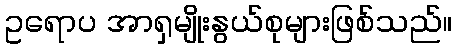
ဥရောပ အာရှမျိုးနွယ်စုများဖြစ်သည်။